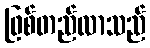
ဖြစ်တည်လာသည်